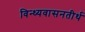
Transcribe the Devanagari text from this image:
विन्ध्यवासनतीर्थ